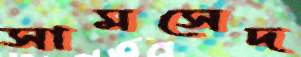
সামসেদ